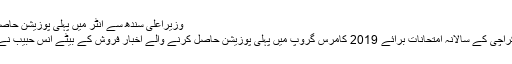
وزیراعلیٰ سندھ سے انٹر میں پہلی پوزیشن حاصل کرنے والے طالبعلم کی ملاقات
کراچی: اعلیٰ ثانوی تعلیمی بورڈ کراچی کے سالانہ امتحانات برائے 2019 کامرس گروپ میں پہلی پوزیشن حاصل کرنے والے اخبار فروش کے بیٹے انس حبیب نے وزیراعلیٰ سندھ سے ملاقات کی۔